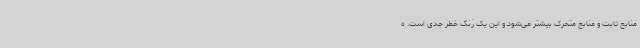
منابع ثابت و منابع متحرک بیشتر می‌شود و این یک زنگ خطر جدی است. ه